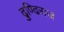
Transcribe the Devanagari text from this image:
ढुण्ढि़राज